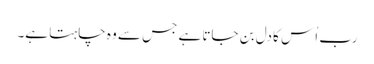
رب اُس کا دل بن جاتا ہے جس سے وہ چاہتا ہے۔